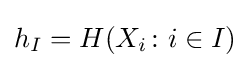
h_{I}=H(X_{i}\colon i\in I)